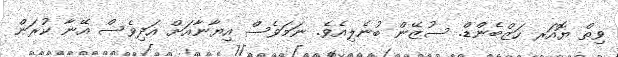
ވިތް ޔޮއަރ ހަޒްބެންޑް. ސުޒޭން ބުނެލިއެވެ. ނަމަވެސް އިޔާނާއަށް އަދިވެސް އޭނާ ކުރަން